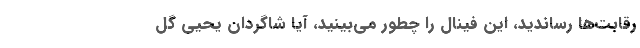
رقابت‌ها رساندید، این فینال را چطور می‌بینید، آیا شاگردان یحیی گل